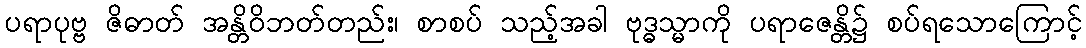
ပရာပုဗ္ဗ ဇိဓာတ် အန္တိဝိဘတ်တည်း၊ စာစပ် သည့်အခါ ဗုဒ္ဓသ္မာကို ပရာဇေန္တိ၌ စပ်ရသောကြောင့်